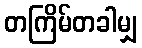
တကြိမ်တခါမျှ